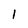
Character: 1